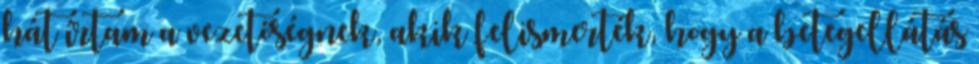
hát írtam a vezetőségnek, akik felismerték, hogy a betegellátás